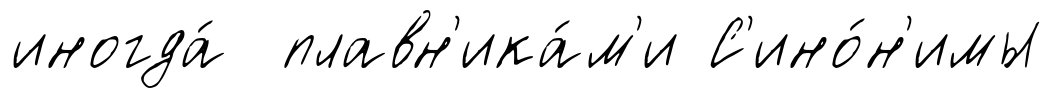
иногда́ плавн'ика́м'и С'ино́н'имы